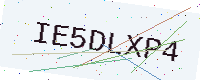
Text: IE5DLXP4